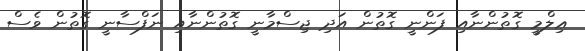
ޢިލްމީ ގޮތުންނާއި ފަންނީ ގޮތުން އަދި ޖިސްމާނީ ގޮތުންނާއި ނަފްސާނީ ގޮތުން ވެސް